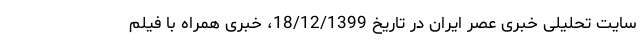
سایت تحلیلی خبری عصر ایران در تاریخ 18/12/1399، خبری همراه با فیلم